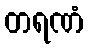
တရဏံ